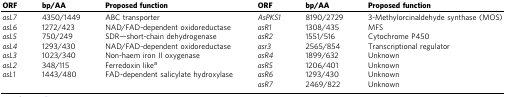
<table><thead><tr><td><b>ORF</b></td><td><b>bp/AA</b></td><td><b>Proposed function</b></td><td><b>ORF</b></td><td><b>bp/AA</b></td><td><b>Proposed function</b></td></tr></thead><tbody><tr><td><i>asL7</i></td><td>4350/1449</td><td>ABC transporter</td><td><i>AsPKS1</i></td><td>8190/2729</td><td>3-Methylorcinaldehyde synthase (MOS)</td></tr><tr><td><i>asL6</i></td><td>1272/423</td><td>NAD/FAD-dependent oxidoreductase</td><td><i>asR1</i></td><td>1308/435</td><td>MFS</td></tr><tr><td><i>asL5</i></td><td>750/249</td><td>SDR—short-chain dehydrogenase</td><td><i>asR2</i></td><td>1551/516</td><td>Cytochrome P450</td></tr><tr><td><i>asL4</i></td><td>1293/430</td><td>NAD/FAD-dependent oxidoreductase</td><td><i>asr3</i></td><td>2565/854</td><td>Transcriptional regulator</td></tr><tr><td><i>asL3</i></td><td>1023/340</td><td>Non-haem iron II oxygenase</td><td><i>asR4</i></td><td>1899/632</td><td>Unknown</td></tr><tr><td><i>asL2</i></td><td>348/115</td><td>Ferredoxin like<sup>a</sup></td><td><i>asR5</i></td><td>1206/401</td><td>Unknown</td></tr><tr><td><i>asL1</i></td><td>1443/480</td><td>FAD-dependent salicylate hydroxylase</td><td><i>asR6</i></td><td>1293/430</td><td>Unknown</td></tr><tr><td></td><td></td><td></td><td><i>asR7</i></td><td>2469/822</td><td>Unknown</td></tr></tbody></table>